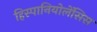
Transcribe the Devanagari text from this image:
हिस्पानियोलेंसिस